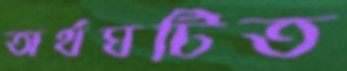
অর্থঘটিত